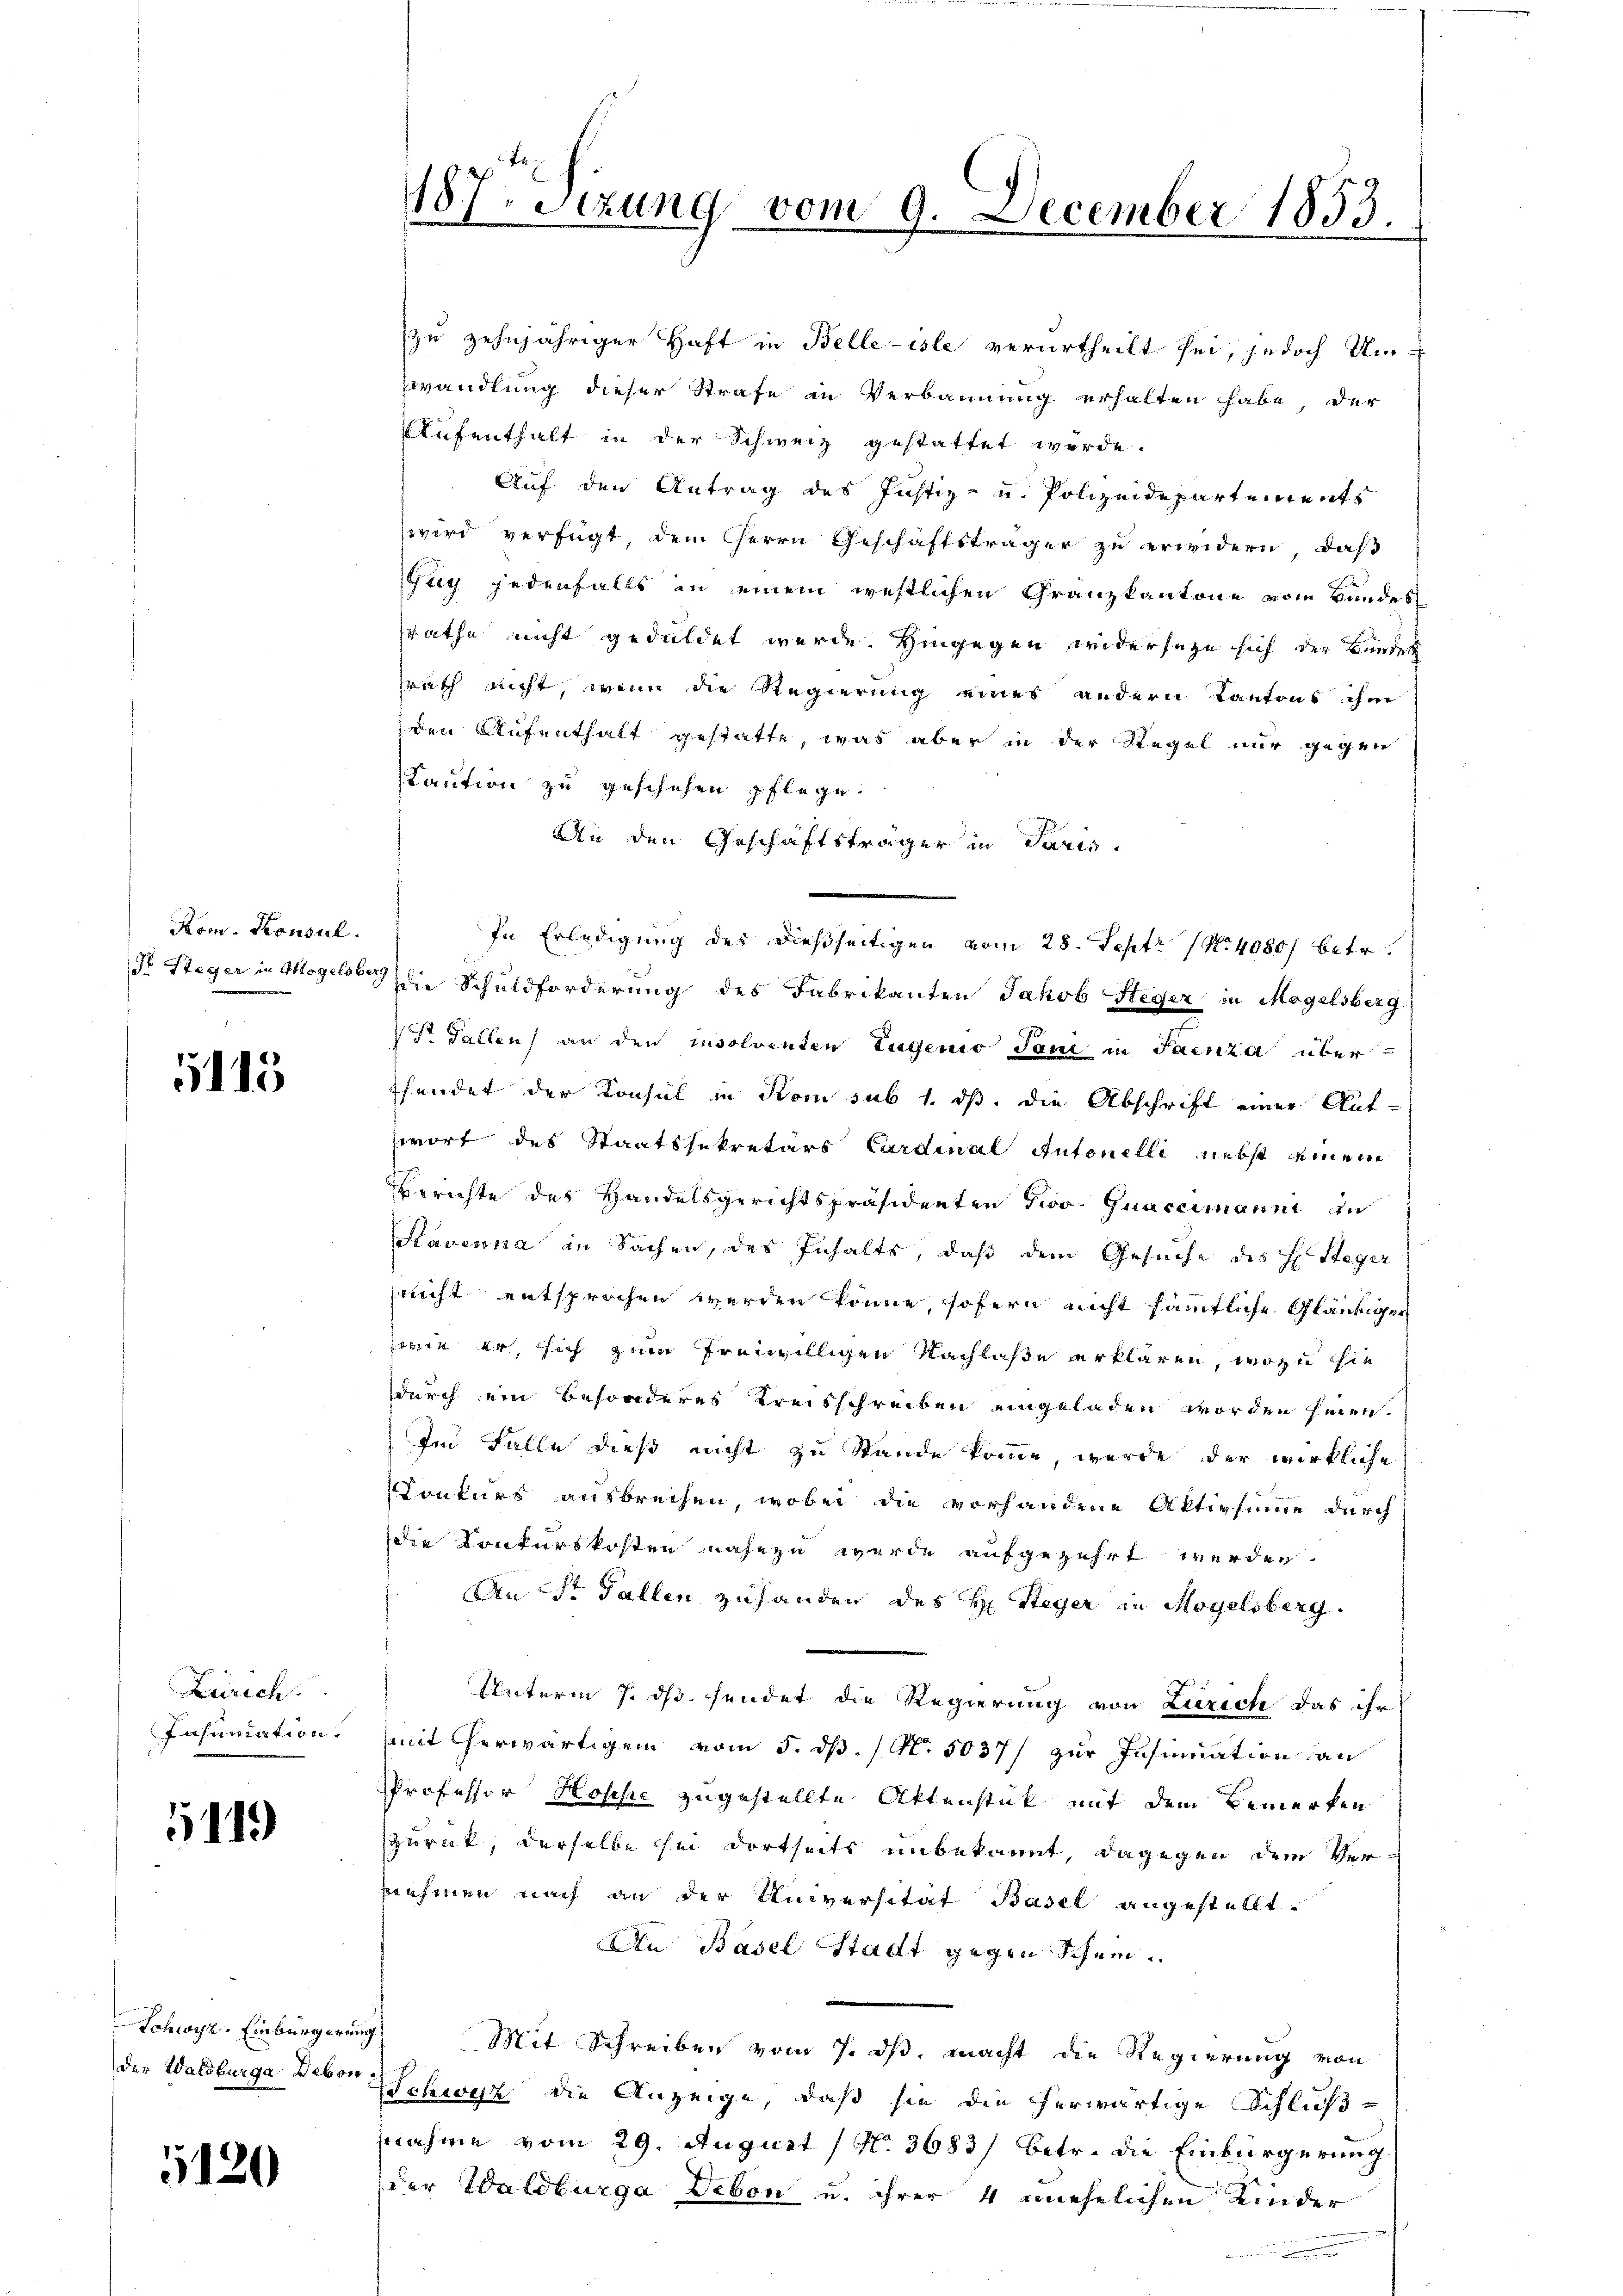
Kom. Konsul

15

Zürich.
Insumation.

11.)

Schwyz. Einbürgerung

1120

187 sizung vom 9. December 1853.
f

zu zehnjähriger Haft in Belleiste verurtheilt sei, jedoch Um-
wandlung dieser Strafe in Verbannung erhalten habe, der
Aufenthalt in der Schweiz gestattet werde.
Auf den Antrag des Justiz- u. Polizeidepartements
wird verfügt, dem Herrn Geschäftsträger zu erwidern, daß
Guy jedenfalls an einem westlichen Granzkantone vom Bundes
srathe nicht geduldet werde. Hingegen widerseze sich der Bundet
rath nicht, wenn die Regierung eines andern Kantons ihm
den Aufenthalt gestatte, was aber in der Regel nur gegen
Kaution zu geschehen pflege.
An den Geschäftsträger in Paris.
In Erledigung des dießseitigen vom 28. Sept No 40801 betr.
Dr. Steger in Mogels die Schuldforderung des Fabrikanten Jakob Steger in Mogelsberg
 Gallen an den insolventen Eugenio Jan in Saenza überschendet der Konsul in Rom sub 1. dß. die Abschrift einer Auf-
wort des Staatssekretärs Cardinal Antonelli nebst einem
Berichte des Handelsgerichtspräsidenten Prov. Quaceimanni zu
Stavenna in Sachen, des Inhalte, daß dem Gesuche des H: Steger
sricht entsprochen werden könne, sofern nicht sämmtliche Gläubiger
wie er, sich zum freiwilligen Nachlaße erklären, wozu sie
durch ein besonderes Kreisschreiben eingeladen worden hinen.
Im Falle dieß nicht zu Stande komme, werde der wirkliche
Konkurs ausbrechen, wobei die vorhandene Aktivsumme durch
die Konkurskosten nahezu werde aufgezehrt werden.
An Sr. Fallen zuhanden des H: Steger in Mogelsberg.
Unterm 7. ds. sendet die Regierung von Zürich das ihr
mit herwärtigem vom 5. dß. (N. 5037/ zur Insinuation an
Professor Hospe zugestellte Attenstück mit dem Bemerken
zurück, derselbe sei dortseits unbekannt, dagegen dem Vernehmen nach an der Universität Basel angestellt.
An Basel Stadt gegen Schein
Mit Schreiben vom 7. ds. macht die Regierung von
der Waldburge Deser Schwyz die Anzeige, daß sie die herwärtige Schlußnahme vom 29. August (N. 3683/ betr. die Einbürgerung
der Waldburga Debon u. ihrer 4 unehelichen Kinder
.